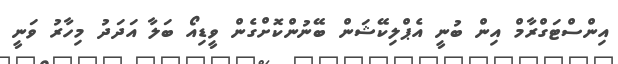
އިންސްޓަގްރާމް އިން ބުނީ އެޕްލިކޭޝަން ބޭނުންކޮށްގެން ވީޑިއޯ ބަލާ އަދަދު މިހާރު ވަނީ